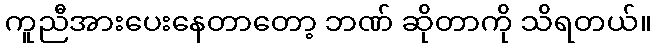
ကူညီအားပေးနေတာတော့ ဘဏ် ဆိုတာကို သိရတယ်။